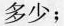
多少；